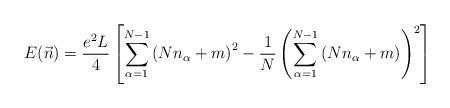
LaTeX: \begin{align*}E(\vec n)=\frac{e^2L}{4}\left[\sum_{\alpha=1}^{N-1}\left(Nn_\alpha+m\right)^2-\frac{1}{N}\left(\sum_{\alpha=1}^{N-1}\left(Nn_\alpha+m\right)\right)^2\right]\end{align*}